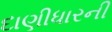
દાણીધારની